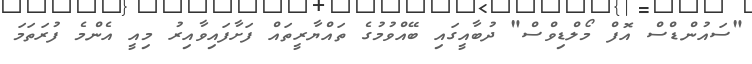
"ސައުންޑްސް އޮފް މޯލްޑިވްސް" ދުބާއީގައި ބޭއްވުމުގެ ތައްޔާރީތައް ފަށާފައިވާއިރު މިއީ އެންމެ ފުރަތަމަ